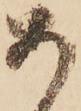
あ